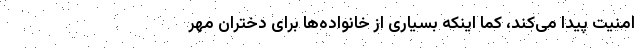
امنیت پیدا می‌کند، کما اینکه بسیاری از خانواده‌ها برای دختران مهر